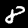
Digit: 8